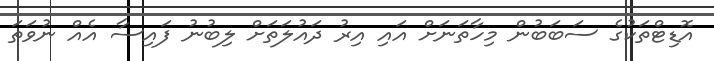
އޮޑިޓްތަކުގެ ސަބަބުން މިހާތަނަށް އައި އިރު ދައުލަތަށް ލިބުނު ފައިސާ އެއް ނުވަތަ